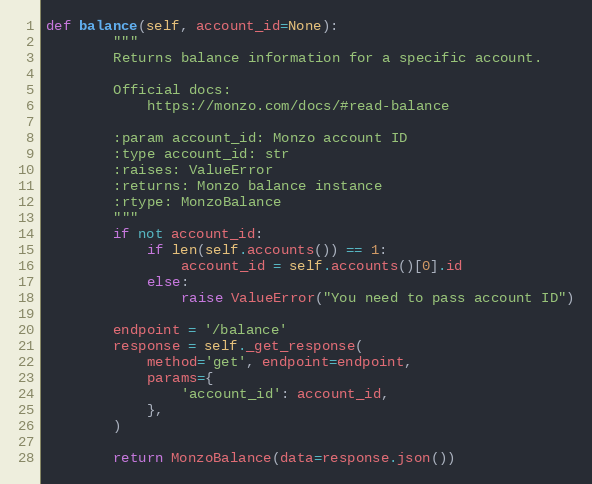
Language: Python
def balance(self, account_id=None):
        """
        Returns balance information for a specific account.

        Official docs:
            https://monzo.com/docs/#read-balance

        :param account_id: Monzo account ID
        :type account_id: str
        :raises: ValueError
        :returns: Monzo balance instance
        :rtype: MonzoBalance
        """
        if not account_id:
            if len(self.accounts()) == 1:
                account_id = self.accounts()[0].id
            else:
                raise ValueError("You need to pass account ID")

        endpoint = '/balance'
        response = self._get_response(
            method='get', endpoint=endpoint,
            params={
                'account_id': account_id,
            },
        )

        return MonzoBalance(data=response.json())